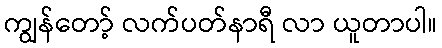
ကျွန်တော့် လက်ပတ်နာရီ လာ ယူတာပါ။